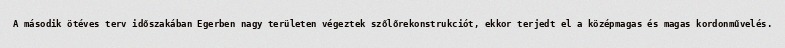
A második ötéves terv időszakában Egerben nagy területen végeztek szőlőrekonstrukciót, ekkor terjedt el a középmagas és magas kordonművelés.